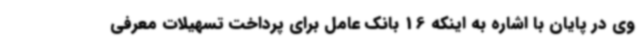
وی در پایان با اشاره به اینکه 16 بانک عامل برای پرداخت تسهیلات معرفی